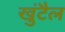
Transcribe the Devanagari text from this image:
खुंटैल